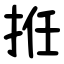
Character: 拰